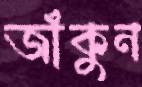
জাঁকুন